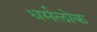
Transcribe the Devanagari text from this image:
धर्मलोक